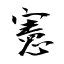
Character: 憲